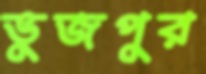
ভুজপুর